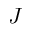
J